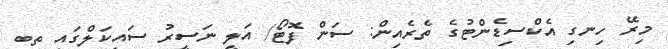
މިރޭ ހިނގި އެކްސިޑެންޓުގެ ތެރެއިން: ސަން ފޮޓޯ/ އަލީ ނަސީރު ސައިކަލްގައި ތިބި